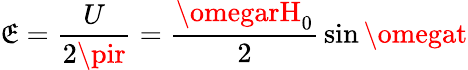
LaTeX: \mathfrak{E}={\frac{{U}}{{2\pir}}}={\frac{{\omegarH_{0}}}{{2}}}\sin\omegat